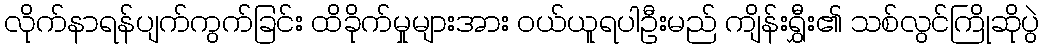
လိုက်နာရန်ပျက်ကွက်ခြင်း ထိခိုက်မှုများအား ဝယ်ယူရပါဦးမည် ကျိန်းရွှီး၏ သစ်လွင်ကြိုဆိုပွဲ